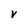
Character: V